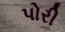
પોરી